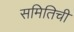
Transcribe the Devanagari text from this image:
समितिची